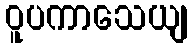
ဝူပကာသေယျ